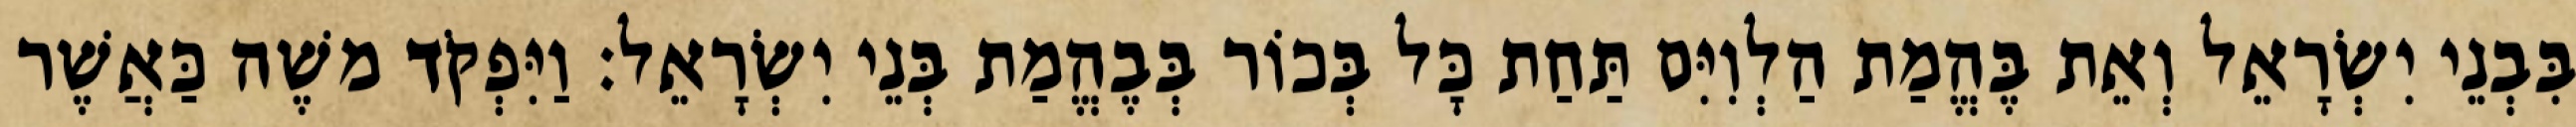
בִּבְנֵי יִשְׂרָאֵל וְאֵת בֶּהֱמַת הַלְוִיִּם תַּחַת כָּל בְּכוֹר בְּבֶהֱמַת בְּנֵי יִשְׂרָאֵל׃ וַיִּפְקֹד משֶׁה כַּאֲשֶׁר